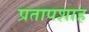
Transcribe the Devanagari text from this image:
प्रतापशाह